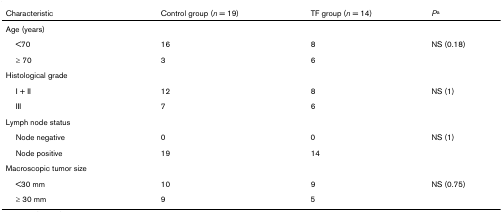
<table><thead><tr><td><b>Characteristic</b></td><td><b>Control group (<i>n</i> = 19)</b></td><td><b>TF group (<i>n</i> = 14)</b></td><td><b><i>P</i><sup>a</sup></b></td></tr></thead><tbody><tr><td>Age (years)</td><td></td><td></td><td></td></tr><tr><td> &lt;70</td><td>16</td><td>8</td><td>NS (0.18)</td></tr><tr><td> ≥ 70</td><td>3</td><td>6</td><td></td></tr><tr><td>Histological grade</td><td></td><td></td><td></td></tr><tr><td> I + II</td><td>12</td><td>8</td><td>NS (1)</td></tr><tr><td> III</td><td>7</td><td>6</td><td></td></tr><tr><td>Lymph node status</td><td></td><td></td><td></td></tr><tr><td> Node negative</td><td>0</td><td>0</td><td>NS (1)</td></tr><tr><td> Node positive</td><td>19</td><td>14</td><td></td></tr><tr><td>Macroscopic tumor size</td><td></td><td></td><td></td></tr><tr><td> &lt;30 mm</td><td>10</td><td>9</td><td>NS (0.75)</td></tr><tr><td> ≥ 30 mm</td><td>9</td><td>5</td><td></td></tr></tbody></table>